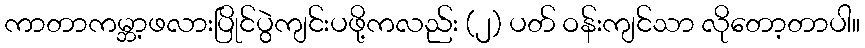
ကာတာကမ္ဘာ့ဖလားပြိုင်ပွဲကျင်းပဖို့ကလည်း (၂) ပတ် ဝန်းကျင်သာ လိုတော့တာပါ။